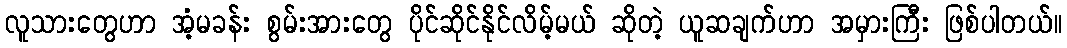
လူသားတွေဟာ အံ့မခန်း စွမ်းအားတွေ ပိုင်ဆိုင်နိုင်လိမ့်မယ် ဆိုတဲ့ ယူဆချက်ဟာ အမှားကြီး ဖြစ်ပါတယ်။